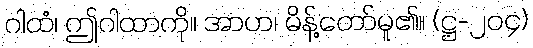
ဂါထံ၊ ဤဂါထာကို။ အာဟ၊ မိန့်တော်မူ၏။ (ဋ္ဌ-၂၀၄)